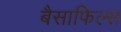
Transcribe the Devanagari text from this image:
बैसाफिल्स